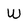
Character: W